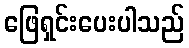
ဖြေရှင်းပေးပါသည်